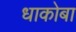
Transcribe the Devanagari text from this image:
धाकोबा